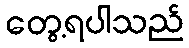
တွေ့ရပါသည်